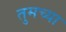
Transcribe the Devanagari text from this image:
तुमच्‍या